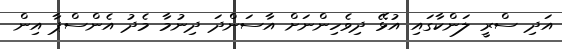
އަދި ސްރީ ލަންކާގައި އުޅޭ ދިވެހިންނަށް އާސަންދަ ދިނުމާ މެދު އެންސްޕާ އިން